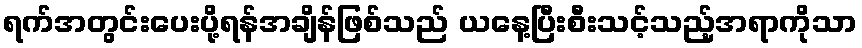
ရက်အတွင်းပေးပို့ရန်အချိန်ဖြစ်သည် ယနေ့ပြီးစီးသင့်သည့်အရာကိုသာ